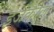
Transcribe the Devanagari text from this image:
इजेकील